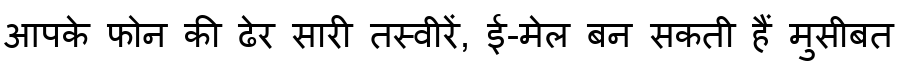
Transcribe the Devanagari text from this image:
आपके फोन की ढेर सारी तस्वीरें, ई-मेल बन सकती हैं मुसीबत